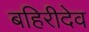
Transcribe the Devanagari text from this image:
बहिरीदेव